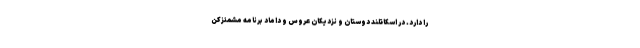
را دارد. در اسکاتلند دوستان و نزدیکان عروس و داماد برنامه مشمئزکن